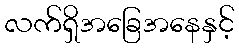
လက်ရှိအခြေအနေနှင့်